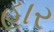
હાર